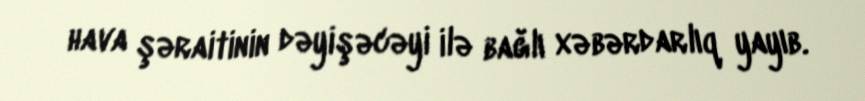
hava şəraitinin dəyişəcəyi ilə bağlı xəbərdarlıq yayıb.